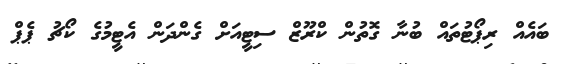
ބައެއް ރިޕޯޓުތައް ބުނާ ގޮތުން ކްރޫޒް ސިޓީއަށް ގެންދަން އެޓީމުގެ ކޯޗު ޕެޕް